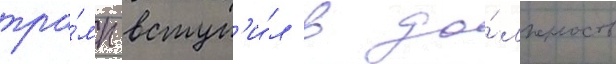
тра́мп вступ'и́л в до́лжность